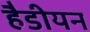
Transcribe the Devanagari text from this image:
हैडीयन